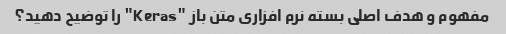
مفهوم و هدف اصلی بسته نرم افزاری متن باز "Keras" را توضیح دهید؟